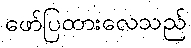
ဖော်ပြထားလေသည်